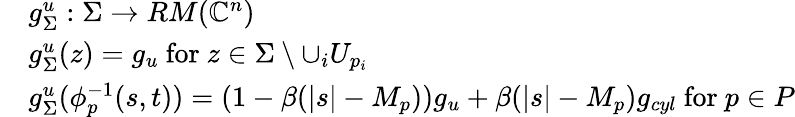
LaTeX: \begin{array}{rl}&{g_{\Sigma}^{u}:\Sigma\to RM(\mathbb{C}^{n})}\\ &{g_{\Sigma}^{u}(z)=g_{u}\mathrm{~for~}z\in\Sigma\setminus\cup_{i}U_{p_{i}}}\\ &{g_{\Sigma}^{u}(\phi_{p}^{-1}(s,t))=(1-\beta(|s|-M_{p}))g_{u}+\beta(|s|-M_{p})g_{cyl}\mathrm{~for~}p\in P}\end{array}